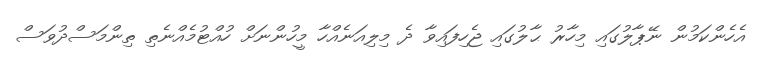
އެހެންކަމުން ނޭޕާލުގައި މިހާރު ޙާލުގައި ޖެހިފައިވާ ދެ މިލިއަނެއްހާ މީހުންނަށް ހުއްޓުމެއްނެތި ތިންމަސްދުވަސް